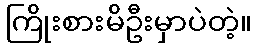
ကြိုးစားမိဦးမှာပဲတဲ့။